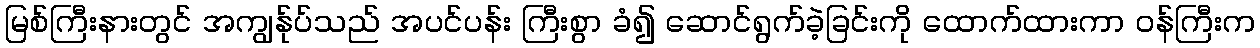
မြစ်ကြီးနားတွင် အကျွန်ုပ်သည် အပင်ပန်း ကြီးစွာ ခံ၍ ဆောင်ရွက်ခဲ့ခြင်းကို ထောက်ထားကာ ဝန်ကြီးက